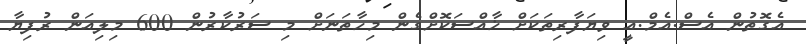
އެގޮތުން އެސް.އެމް.އީ ވިޔަފާރިތަކަށް ޚާއްސަކޮށްގެން މިހާތަނަށް މި ސަރުކާރުން 600 މިލިއަން ރުފިޔާ